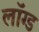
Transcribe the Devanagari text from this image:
लॉग्ड